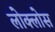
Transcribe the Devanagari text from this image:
लोक्लोस